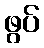
ဖွပ်